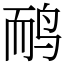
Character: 鸸